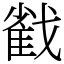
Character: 𢧵